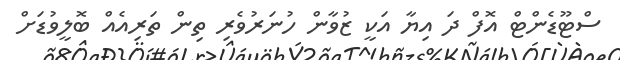
ސްޓޫޑެންޓް އޮފް ދަ އިޔާ އަކީ ޒުވާން ހުނަރުވެރި ތިން ތަރިއެއް ބޮލީވުޑަށް